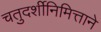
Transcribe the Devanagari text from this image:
चतुदर्शीनिमित्ताने